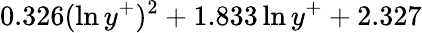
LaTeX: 0.326(\ln{y^{+}})^{2}+1.833\ln{y^{+}}+2.327